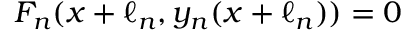
F _ { n } ( x + \ell _ { n } , y _ { n } ( x + \ell _ { n } ) ) = 0